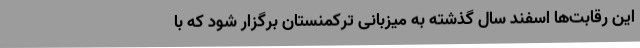
این رقابت‌ها اسفند سال گذشته به میزبانی ترکمنستان برگزار شود که با